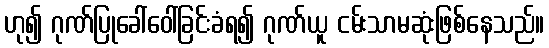
ဟု၍ ဂုဏ်ပြုခေါ်ဝေါ်ခြင်းခံရ၍ ဂုဏ်ယူ ငမ်းသာမဆုံးဖြစ်နေသည်။